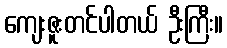
ကျေးဇူးတင်ပါတယ် ဦးကြီး။